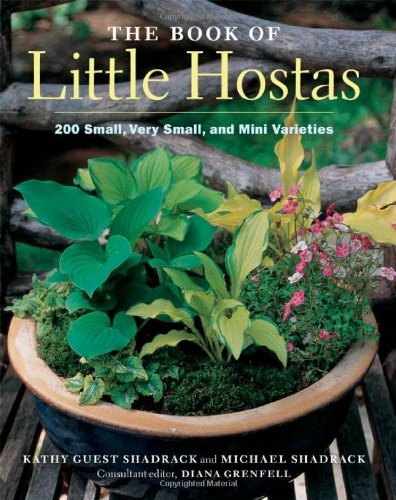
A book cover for The Book of Little Hostas: 200 Small, Very Small, and Mini Varieties; Kathy Guest Shadrack; Crafts, Hobbies & Home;